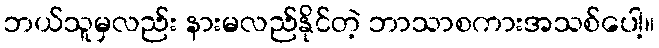
ဘယ်သူမှလည်း နားမလည်နိုင်တဲ့ ဘာသာစကားအသစ်ပေါ့။